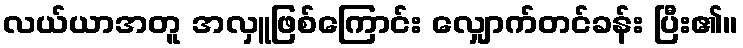
လယ်ယာအတူ အလှူဖြစ်ကြောင်း လျှောက်တင်ခန်း ပြီး၏။